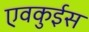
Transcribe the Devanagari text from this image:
एवकुईस